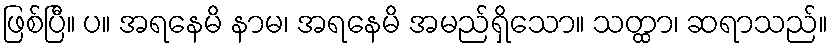
ဖြစ်ပြီ။ ပ။ အရနေမိ နာမ၊ အရနေမိ အမည်ရှိသော။ သတ္ထာ၊ ဆရာသည်။